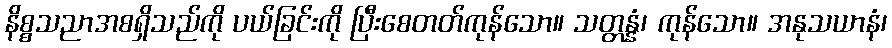
နိစ္စသညာအစရှိသည်ကို ပယ်ခြင်းကို ပြီးစေတတ်ကုန်သော။ သတ္တန္နံ၊ ကုန်သော။ အနုသယာနံ၊